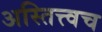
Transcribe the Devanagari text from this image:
अस्तित्त्वच